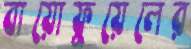
বায়োফুয়েলের